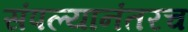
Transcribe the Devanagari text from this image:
संपल्यानंतरच